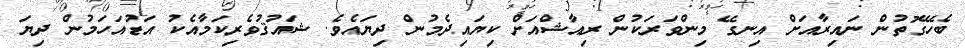
ބެހޭގޮތުން ނައިރާއަށް އިނގޭ މިންވަރަކުން ރިއާޝްއަށް ކިޔައިދެމުން ދިޔައެވެ. ޝައުޤުވެރިކަމާއެކު އަޑުއަހަމުން ދިޔަ